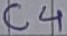
Text: C4